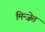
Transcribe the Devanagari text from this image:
मिन्ज़ेत